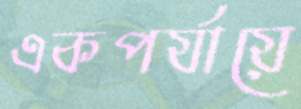
একপর্যায়ে